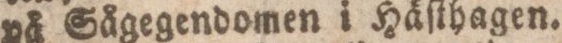
på Sågegendomen i Häſthagen.